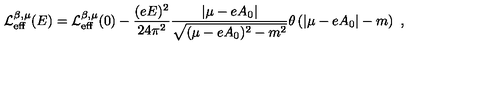
{ \cal L } _ { \mathrm { e f f } } ^ { \beta , \mu } ( E ) = { \cal L } _ { \mathrm { e f f } } ^ { \beta , \mu } ( 0 ) - \frac { ( e E ) ^ { 2 } } { 2 4 \pi ^ { 2 } } \frac { | \mu - e A _ { 0 } | } { \sqrt { ( \mu - e A _ { 0 } ) ^ { 2 } - m ^ { 2 } } } \theta \left( | \mu - e A _ { 0 } | - m \right) \ ,